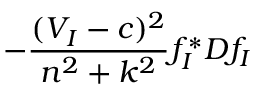
- \frac { ( V _ { I } - c ) ^ { 2 } } { n ^ { 2 } + k ^ { 2 } } f _ { I } ^ { * } D f _ { I }